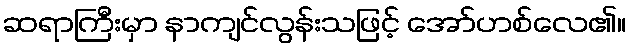
ဆရာကြီးမှာ နာကျင်လွန်းသဖြင့် အော်ဟစ်လေ၏။